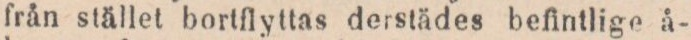
från stället bortflyttas derstädes befintlige å-